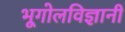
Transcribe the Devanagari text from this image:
भूगोलविज्ञानी